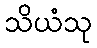
သိယံသု